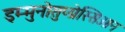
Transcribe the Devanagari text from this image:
इम्मुनोसुप्प्रेस्सिओन